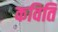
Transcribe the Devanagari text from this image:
कविति